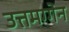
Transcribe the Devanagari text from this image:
उत्तमग्गेन